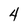
Character: 4